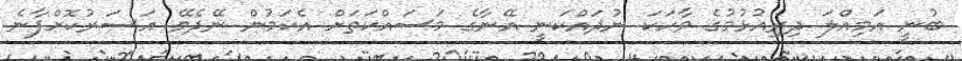
ބުނީ އަމިއްލަ ދިރިއުޅުމުގެ ވާހަކަ ނުދައްކަނީ އޭނާގެ މަސައްކަތަށް އެކަމުން ނޭދެވޭ އަސަރުކޮށްފާނެ